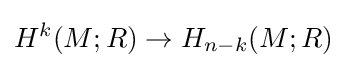
H^{k}(M;R)\to H_{n-k}(M;R)